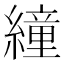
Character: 𦅅